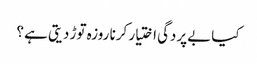
کیا بےپردگی اختیار کرنا روزہ توڑ دیتی ہے ؟